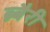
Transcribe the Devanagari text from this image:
ब्र्बैरी